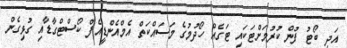
އަދި ބޯޓު ފުން ކުރުމަށްޓަކައި ޓަގެއް ހޯދުމުގެ މަސައްކަތް އެމްއެންޑީއެފް ކޯސްޓްގާޑާއި ގުޅިގެން